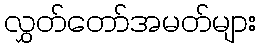
လွှတ်တော်အမတ်များ